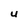
Character: U